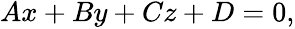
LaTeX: \begin{array}{r}{Ax+By+Cz+D=0,}\end{array}